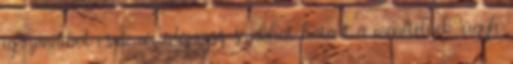
igazándiból csak az időjárás szabhat határt a menetelnek, úgyh